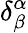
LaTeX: \delta_{\beta}^{\alpha}